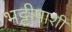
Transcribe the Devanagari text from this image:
भट्टीपाशी